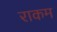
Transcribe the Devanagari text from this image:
राकम